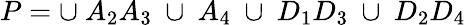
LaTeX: P=\cup~A_{2}A_{3}~\cup~A_{4}~\cup~D_{1}D_{3}~\cup~D_{2}D_{4}